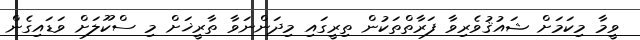
ވީމާ މިކަމަށް ޝައުޤުވެރިވާ ފަރާތްތަކުން ތިރީގައި މިދަންނަވާ ތާރީޚަށް މި ސްކޫލަށް ވަޑައިގެން